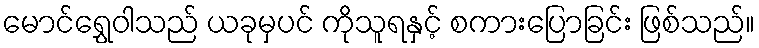
မောင်ရွှေဝါသည် ယခုမှပင် ကိုသူရနှင့် စကားပြောခြင်း ဖြစ်သည်။